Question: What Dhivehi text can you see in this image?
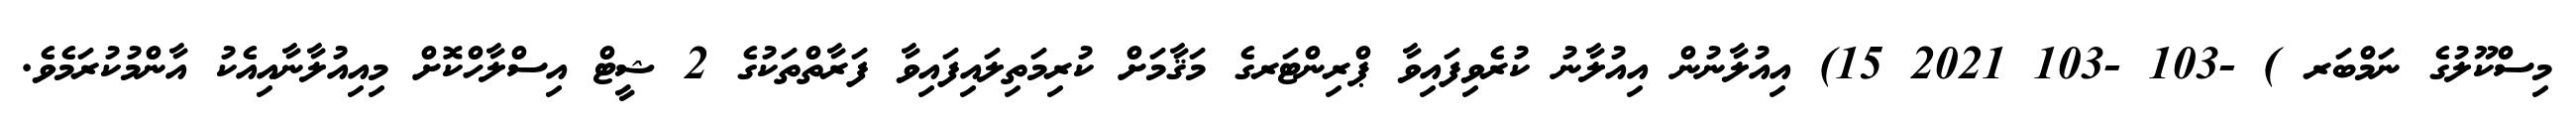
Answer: މިސްކޫލުގެ ނަމްބަރ ) -103 -103 2021 15) އިއުލާނުން އިއުލާނު ކުރެވިފައިވާ ޕްރިންޓަރގެ މަޤާމަށް ކުރިމަތިލައިފައިވާ ފަރާތްތަކުގެ 2 ޝީޓް އިސްލާހްކޮށް މިއިއުލާނާއިއެކު އާންމުކުރަމެވެ.